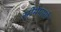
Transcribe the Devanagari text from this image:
सीमेपाशी